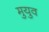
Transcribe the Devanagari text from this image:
मुयुव